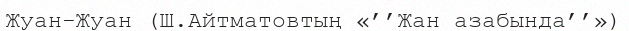
Жуан-Жуан (Ш.Айтматовтың «’’Жан азабында’’»)